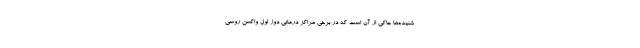
شنیده‌ها حاکی از آن است که در برخی مراکز درمانی دوز اول واکسن روسی